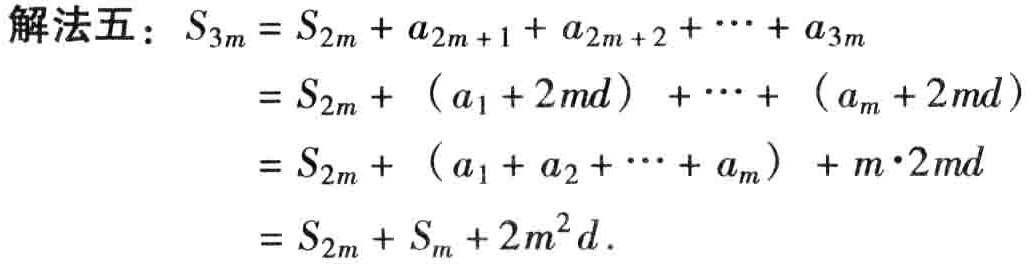
\(

\begin{align*}

\text{解法五：}S_{3m}&=S_{2m}+a_{2m + 1}+a_{2m + 2}+\cdots+a_{3m}\\

&=S_{2m}+(a_{1}+2md)+\cdots+(a_{m}+2md)\\

&=S_{2m}+(a_{1}+a_{2}+\cdots+a_{m})+m\cdot2md\\

&=S_{2m}+S_{m}+2m^{2}d.

\end{align*}

\)